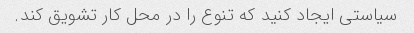
سیاستی ایجاد کنید که تنوع را در محل کار تشویق کند.